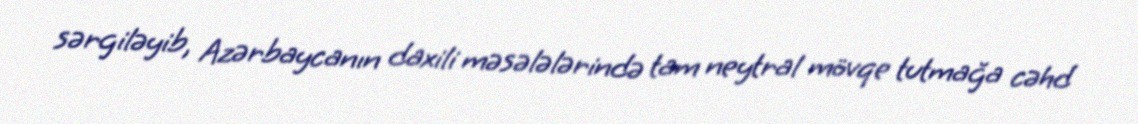
sərgiləyib, Azərbaycanın daxili məsələlərində tam neytral mövqe tutmağa cəhd